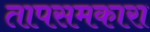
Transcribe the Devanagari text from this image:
तापसमकारा